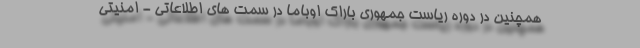
همچنین در دوره ریاست جمهوری باراک اوباما در سمت های اطلاعاتی - امنیتی